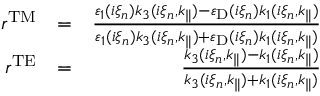
\begin{array} { r l r } { r ^ { \mathrm { T M } } } & { = } & { \frac { \varepsilon _ { 1 } ( i \xi _ { n } ) k _ { 3 } ( i \xi _ { n } , k _ { \parallel } ) - \varepsilon _ { \mathrm { D } } ( i \xi _ { n } ) k _ { 1 } ( i \xi _ { n } , k _ { \parallel } ) } { \varepsilon _ { 1 } ( i \xi _ { n } ) k _ { 3 } ( i \xi _ { n } , k _ { \parallel } ) + \varepsilon _ { \mathrm { D } } ( i \xi _ { n } ) k _ { 1 } ( i \xi _ { n } , k _ { \parallel } ) } } \\ { r ^ { \mathrm { T E } } } & { = } & { \frac { k _ { 3 } ( i \xi _ { n } , k _ { \parallel } ) - k _ { 1 } ( i \xi _ { n } , k _ { \parallel } ) } { k _ { 3 } ( i \xi _ { n } , k _ { \parallel } ) + k _ { 1 } ( i \xi _ { n } , k _ { \parallel } ) } } \end{array}